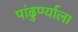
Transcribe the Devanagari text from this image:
पांढुर्ण्याला